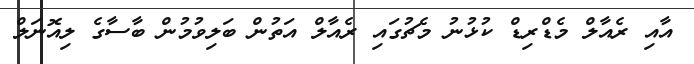
އާއި ރެއާލް މެޑްރިޑް ކުޅުނު މެޗުގައި ރެއާލް އަތުން ބަލިވުމުން ބާސާގެ ލިއޮނަލް